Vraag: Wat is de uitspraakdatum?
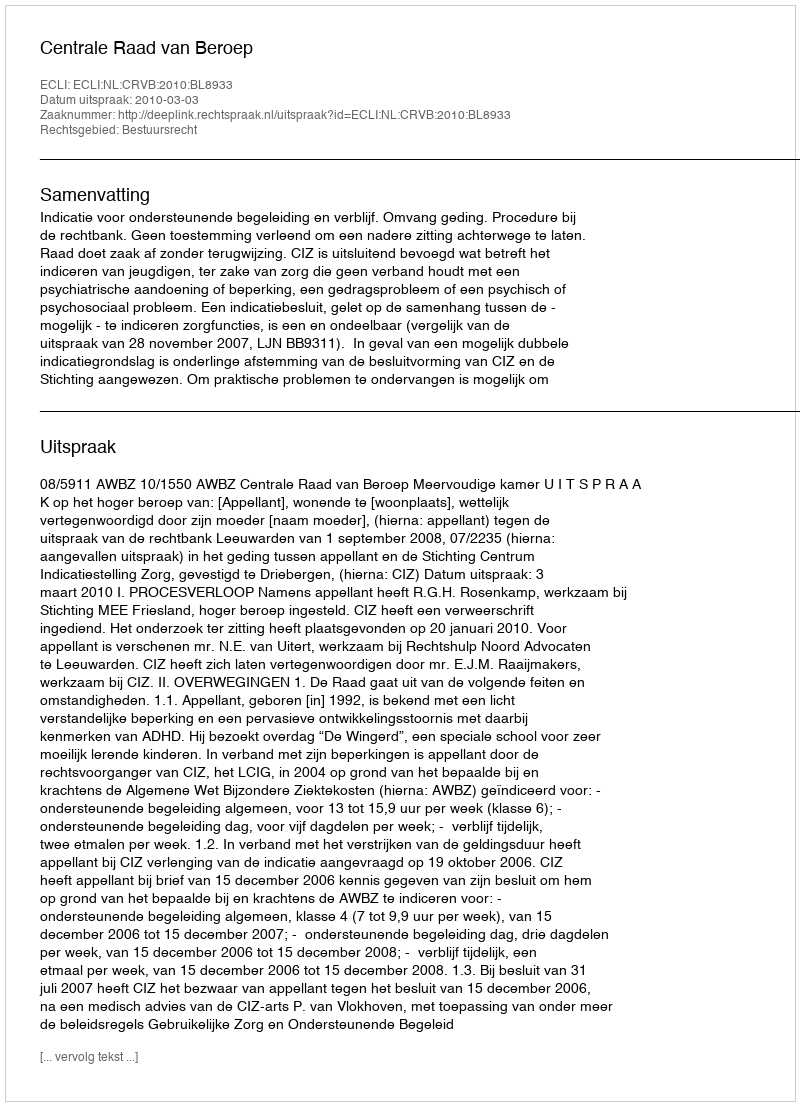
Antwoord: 2010-03-03